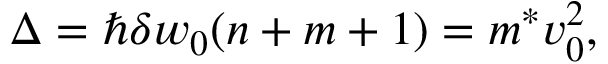
\begin{array} { r } { \Delta = \hbar \delta w _ { 0 } ( n + m + 1 ) = m ^ { * } v _ { 0 } ^ { 2 } , } \end{array}